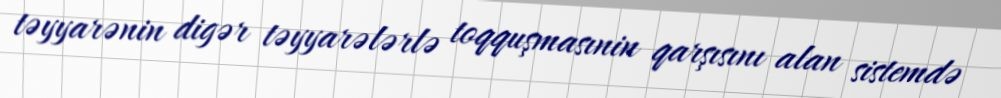
təyyarənin digər təyyarələrlə toqquşmasınin qarşısını alan sistemdə